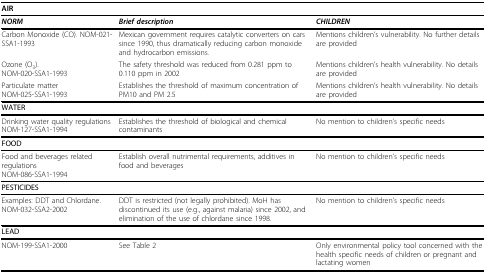
| AIR |  |  |
 | --- | --- | --- |
 | NORM | Brief description | CHILDREN |
 | Carbon Monoxide (CO). NOM-021-SSA1-1993 | Mexican government requires catalytic converters on cars since 1990, thus dramatically reducing carbon monoxide and hydrocarbon emissions. | Mentions children's vulnerability. No further details are provided |
 | Ozone (O3).NOM-020-SSA1-1993 | The safety threshold was reduced from 0.281 ppm to 0.110 ppm in 2002 | Mentions children's health vulnerability. No details are provided |
 | Particulate matterNOM-025-SSA1-1993 | Establishes the threshold of maximum concentration of PM10 and PM 2.5 | Mentions children's health vulnerability. No details are provided |
 | WATER |  |  |
 | Drinking water quality regulationsNOM-127-SSA1-1994 | Establishes the threshold of biological and chemical contaminants | No mention to children's specific needs |
 | FOOD |  |  |
 | Food and beverages related regulationsNOM-086-SSA1-1994 | Establish overall nutrimental requirements, additives in food and beverages | No mention to children's specific needs |
 | PESTICIDES |  |  |
 | Examples: DDT and Chlordane.NOM-032-SSA2-2002 | DDT is restricted (not legally prohibited). MoH has discontinued its use (e.g., against malaria) since 2002, and elimination of the use of chlordane since 1998. | No mention to children's specific needs |
 | LEAD |  |  |
 | NOM-199-SSA1-2000 | See Table 2 | Only environmental policy tool concerned with the health specific needs of children or pregnant and lactating women |